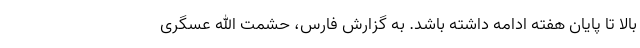
بالا تا پایان هفته ادامه داشته باشد. به گزارش فارس، حشمت الله عسگری